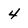
Character: 4